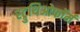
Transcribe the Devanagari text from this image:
स्ट्रुथिओफॉर्म